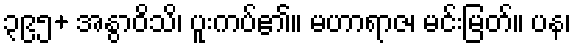
၃၉၅+ အနွာဝိသိ၊ ပူးကပ်၏။ မဟာရာဇ၊ မင်းမြတ်။ ပန၊